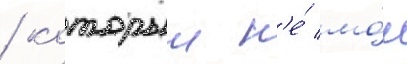
/ которыи н'е́ мо́г